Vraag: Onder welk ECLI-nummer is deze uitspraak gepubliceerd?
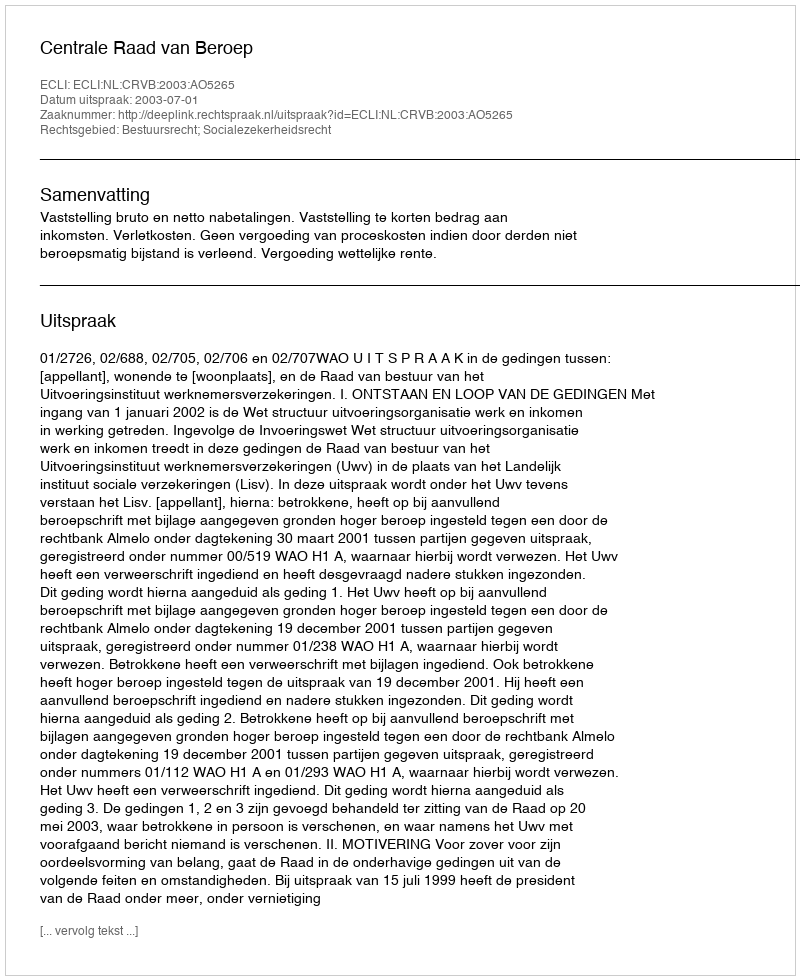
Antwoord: ECLI:NL:CRVB:2003:AO5265